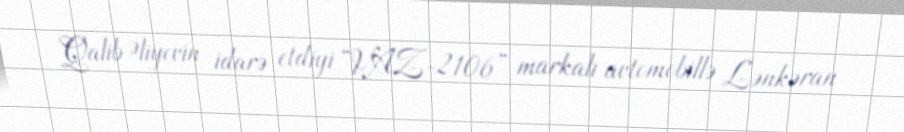
Qalib Əliyevin idarə etdiyi “VAZ-2106” markalı avtomobillə Lənkəran